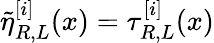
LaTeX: \tilde{\eta}_{R,L}^{[i]}(x)=\tau_{R,L}^{[i]}(x)